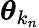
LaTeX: \boldsymbol{\theta}_{k_{n}}